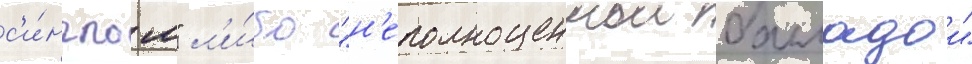
с'и́нглом" л'и́бо "н'еполноценнои балладои"